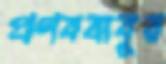
প্রণববাবুর